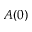
A ( 0 )